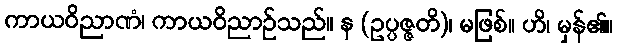
ကာယဝိညာဏံ၊ ကာယဝိညာဉ်သည်။ န (ဥပ္ပဇ္ဇတိ)၊ မဖြစ်။ ဟိ၊ မှန်၏။